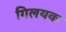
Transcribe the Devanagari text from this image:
गिलयक